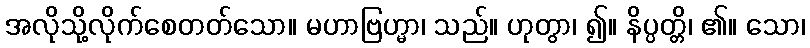
အလိုသို့လိုက်စေတတ်သော။ မဟာဗြဟ္မာ၊ သည်။ ဟုတွာ၊ ၍။ နိပ္ပတ္တိ၊ ၏။ သော၊